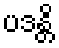
ပဒန္တိ